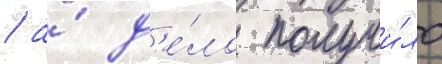
/ а́ д'е́ло получи́ло